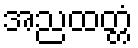
အညထတ္တံ